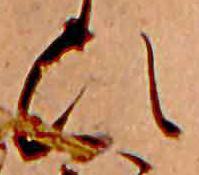
ひ